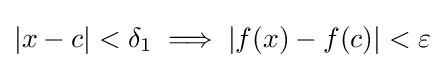
|x-c|<\delta _{1}\implies |f(x)-f(c)|<\varepsilon